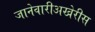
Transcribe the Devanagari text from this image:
जानेवारीअखेरीस